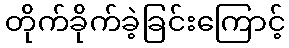
တိုက်ခိုက်ခဲ့ခြင်းကြောင့်